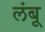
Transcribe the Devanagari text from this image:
लंबू